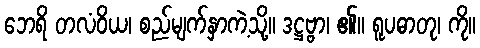
ဘေရိ တလံဝိယ၊ စည်မျက်နှာကဲ့သို့။ ဒဋ္ဌဗ္ဗာ၊ ၏။ ရူပဓာတု၊ ကို။